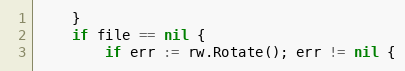
Language: Go
	}
	if file == nil {
		if err := rw.Rotate(); err != nil {